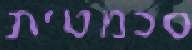
סכמטית